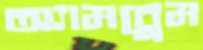
অ্যামব্লেম